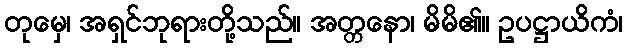
တုမှေ၊ အရှင်ဘုရားတို့သည်။ အတ္တနော၊ မိမိ၏။ ဥပဋ္ဌာယိကံ၊